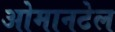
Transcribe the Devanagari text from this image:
ओमानटेल